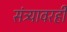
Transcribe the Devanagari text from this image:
संत्र्यावरही